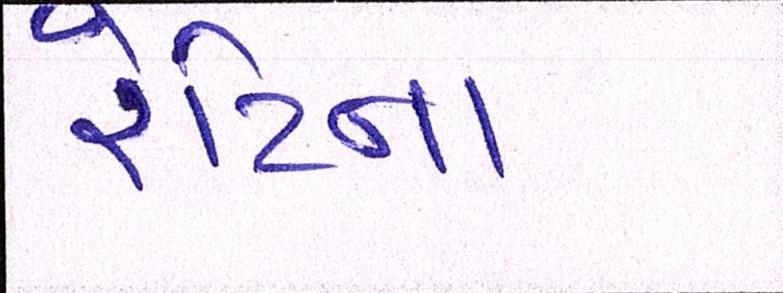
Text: રેટિના